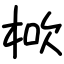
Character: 𣒱